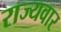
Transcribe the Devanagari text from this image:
राज्‍यवार